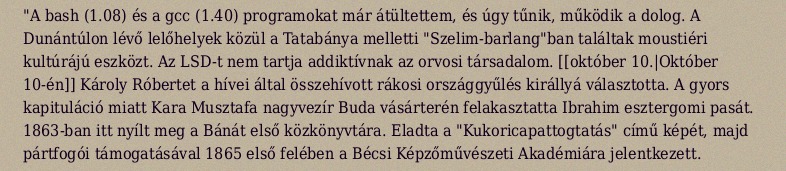
"A bash (1.08) és a gcc (1.40) programokat már átültettem, és úgy tűnik, működik a dolog. A Dunántúlon lévő lelőhelyek közül a Tatabánya melletti "Szelim-barlang"ban találtak moustiéri kultúrájú eszközt. Az LSD-t nem tartja addiktívnak az orvosi társadalom. [[október 10.|Október 10-én]] Károly Róbertet a hívei által összehívott rákosi országgyűlés királlyá választotta. A gyors kapituláció miatt Kara Musztafa nagyvezír Buda vásárterén felakasztatta Ibrahim esztergomi pasát. 1863-ban itt nyílt meg a Bánát első közkönyvtára. Eladta a "Kukoricapattogtatás" című képét, majd pártfogói támogatásával 1865 első felében a Bécsi Képzőművészeti Akadémiára jelentkezett.